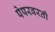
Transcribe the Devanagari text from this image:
पेपरवरती